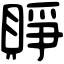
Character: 𧶄